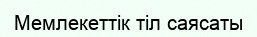
Мемлекеттік тіл саясаты